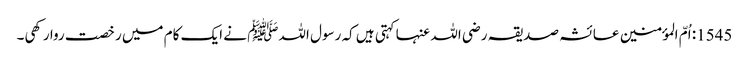
1545: اُمّ المؤمنین عائشہ صدیقہ رضی اللہ عنہا کہتی ہیں کہ رسول اللہﷺ نے ایک کام میں رخصت روا رکھی۔